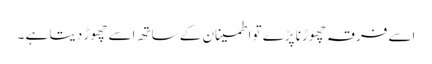
اسے فرقہ چھوڑنا پڑے تو اطمینان کے ساتھ اسے چھوڑ دیتا ہے ۔